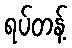
ရပ်တန့်